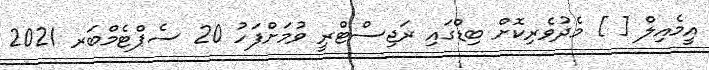
އީމެއިލް [ ] މެދުވެރިކޮށް ބިޑްގައި ރަޖިސްޓްރީ ވުމަށްފަހު 20 ސެޕްޓެމްބަރ 2021